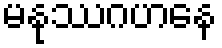
မနုဿဂဟနေ